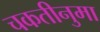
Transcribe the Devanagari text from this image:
चकतीनुमा